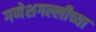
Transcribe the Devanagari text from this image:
गणेशगल्लीच्या